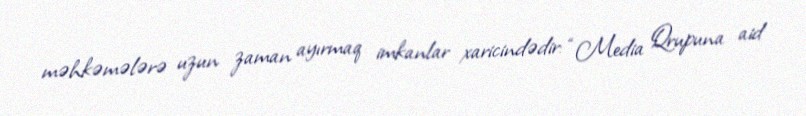
məhkəmələrə uzun zaman ayırmaq imkanlar xaricindədir: “Media Qrupuna aid